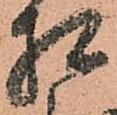
相